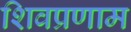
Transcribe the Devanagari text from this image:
शिवप्रणाम